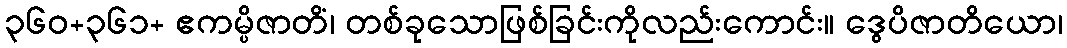
၃၆၀+၃၆၁+ ဧကမ္ပိဇာတိံ၊ တစ်ခုသောဖြစ်ခြင်းကိုလည်းကောင်း။ ဒွေပိဇာတိယော၊